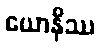
ယောနိဿ